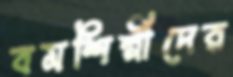
বমশিল্পীদের